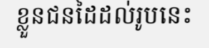
ខ្លួនជនដៃដល់រូបនេះ